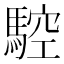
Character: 𩣼